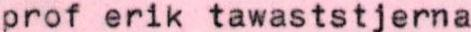
prof erik tawaststjerna